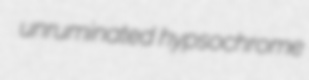
unruminated hypsochrome